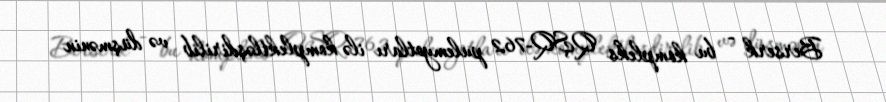
Berserk - bu kompleks QŞQ-762 pulemyotları ilə komplektləşdirilib və düşmənin